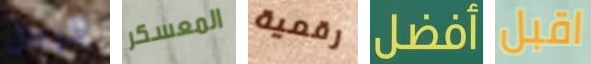
الرجال المعسكر رقمية أفضل اقبل